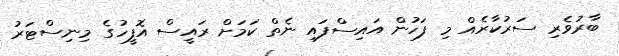
ބާރުވެރި ސަރުކާރެއް މި ފަހުން އައިސްފައި ނެތް ކަމަށް ރައީސް އޮފީހުގެ މިނިސްޓަރު